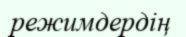
режимдердің